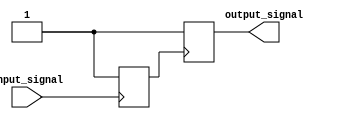
module voltage_level_shifter (
    input wire input_signal,
    output wire output_signal
);

reg input_signal_detected;
reg output_signal_generated;

always @(posedge input_signal) begin
    // Detect input voltage level
    if (input_signal == 1'b1) begin
        input_signal_detected <= 1'b1;
    end else begin
        input_signal_detected <= 1'b0;
    end
end

always @(posedge input_signal_detected) begin
    // Perform level shifting operation
    if (input_signal_detected) begin
        output_signal_generated <= 1'b1;
    end else begin
        output_signal_generated <= 1'b0;
    end
end

assign output_signal = output_signal_generated;

endmodule